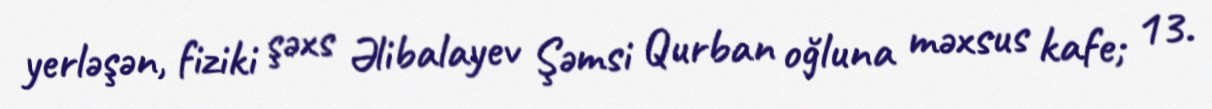
yerləşən, fiziki şəxs Əlibalayev Şəmsi Qurban oğluna məxsus kafe; 13.